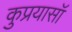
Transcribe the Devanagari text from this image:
कुप्रयासॉ